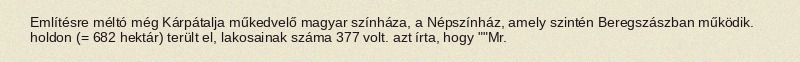
Említésre méltó még Kárpátalja műkedvelő magyar színháza, a Népszínház, amely szintén Beregszászban működik. holdon (= 682 hektár) terült el, lakosainak száma 377 volt. azt írta, hogy ""Mr.